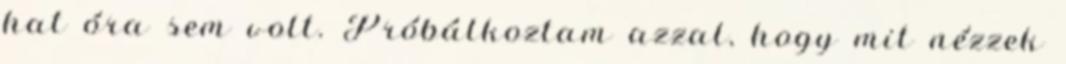
hat óra sem volt. Próbálkoztam azzal, hogy mit nézzek